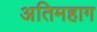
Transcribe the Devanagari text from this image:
अतिमहाग